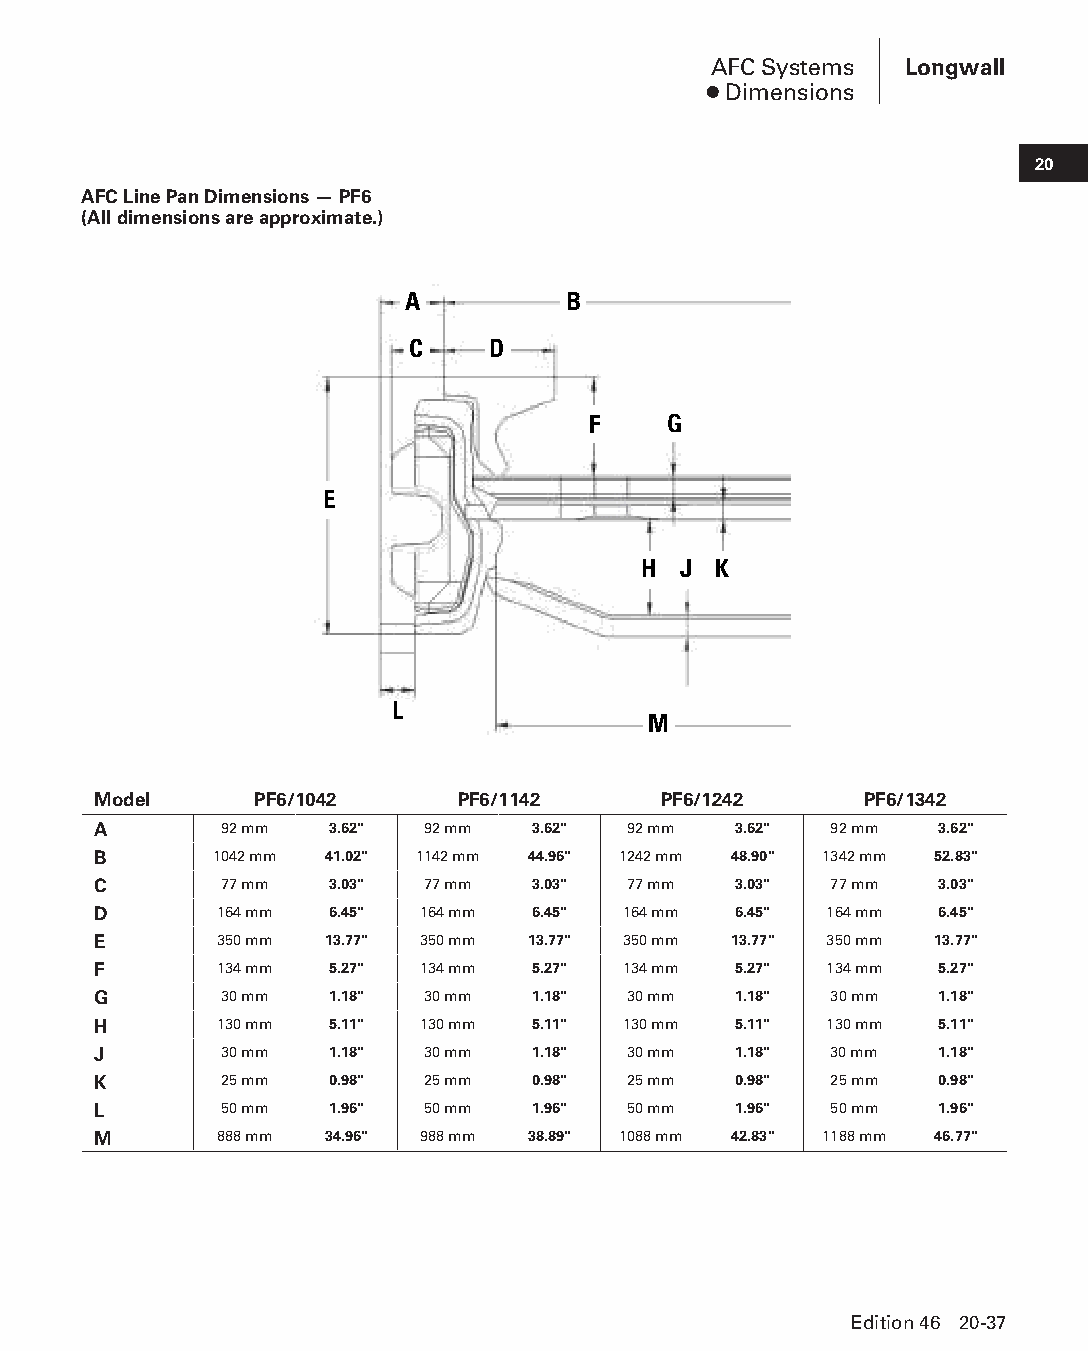
AFC Systems  Longwall
 ● Dimensions
 20
 AFC Line Pan Dimensions — PF6
 (All dimensions are approximate.)
 A          B
 C     D
 F    G
 E
 H J  K
 L
 M
 Model     PF6/1042      PF6/1142     PF6/1242      PF6/1342
 A       92 mm  3.62" 92 mm   3.62" 92 mm  3.62" 92 mm  3.62"
 B      1042 mm 41.02" 1142 mm 44.96" 1242 mm 48.90" 1342 mm 52.83"
 C       77 mm  3.03" 77 mm   3.03" 77 mm  3.03" 77 mm  3.03"
 D       164 mm 6.45" 164 mm  6.45" 164 mm 6.45" 164 mm 6.45"
 E       350 mm 13.77" 350 mm 13.77" 350 mm 13.77" 350 mm 13.77"
 F       134 mm 5.27" 134 mm  5.27" 134 mm 5.27" 134 mm 5.27"
 G       30 mm  1.18" 30 mm   1.18" 30 mm  1.18" 30 mm  1.18"
 H       130 mm 5.11" 130 mm  5.11" 130 mm 5.11" 130 mm 5.11"
 J       30 mm  1.18" 30 mm   1.18" 30 mm  1.18" 30 mm  1.18"
 K       25 mm  0.98" 25 mm   0.98" 25 mm  0.98" 25 mm  0.98"
 L       50 mm  1.96" 50 mm   1.96" 50 mm  1.96" 50 mm  1.96"
 M       888 mm 34.96" 988 mm 38.89" 1088 mm 42.83" 1188 mm 46.77"
 Edition 46 20-37
 PPHHBB--SSeecc2200--LLoonnggwwaallll((ppgg002255--112200))..iinndddd 3377 1122//44//1155 1111::0022 AAMM